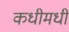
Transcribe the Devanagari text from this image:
कधीमधी